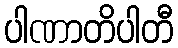
ပါဏာတိပါတီ